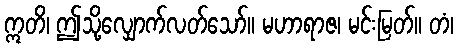
ဣတိ၊ ဤသို့လျှောက်လတ်သော်။ မဟာရာဇ၊ မင်းမြတ်။ တံ၊